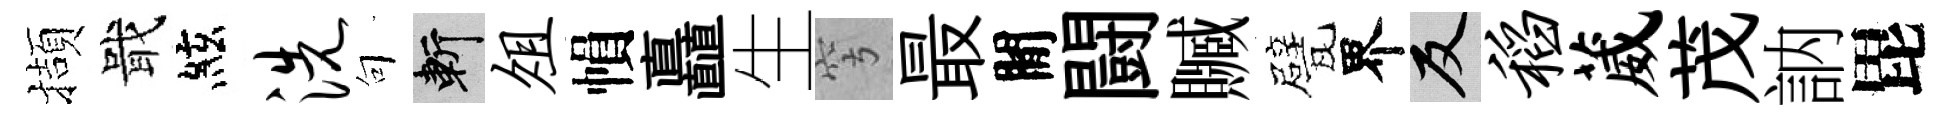
擷戢絃洗句斬俎𢄙矗生穹最閒闘贓甓界反稻葳茂訥毘